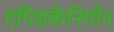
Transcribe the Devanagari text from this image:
एपिसकेनियोन